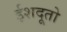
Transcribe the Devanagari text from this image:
ईशदूतो